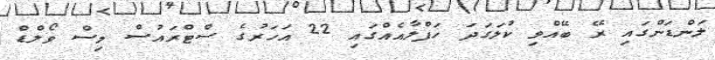
ލަންޑަންގައި ރޭ ބޭއްވި ކުލަގަދަ ހަފްލާއެއްގައި 22 އަހަރުގެ ސްޓްރައުސް މިސް ވޯލްޑް